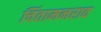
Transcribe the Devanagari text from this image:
चिंतामनराव